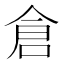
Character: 倉